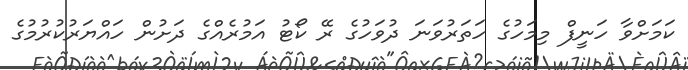
ކަމަށްވާ ހަނީފް މިމަހުގެ ހަތަރުވަަނަ ދުވަހުގެ ރޭ ކޯޓު އަމުރެއްގެ ދަށުން ހައްޔަރުކުރުމުގެ